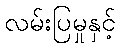
လမ်းပြမှုနှင့်